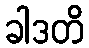
ခါဒတိ